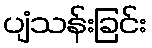
ပျံသန်းခြင်း